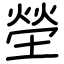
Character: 塋